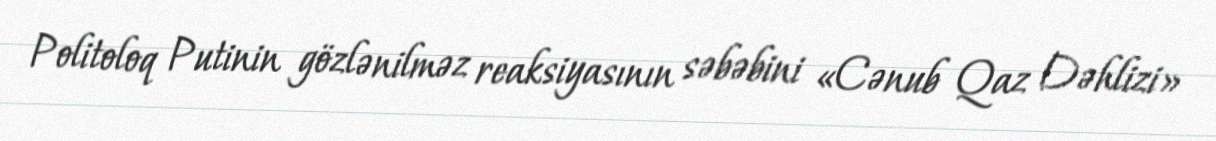
Politoloq Putinin gözlənilməz reaksiyasının səbəbini «Cənub Qaz Dəhlizi»